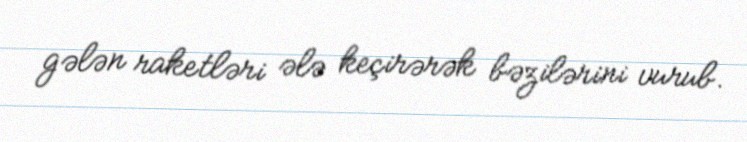
gələn raketləri ələ keçirərək bəzilərini vurub.